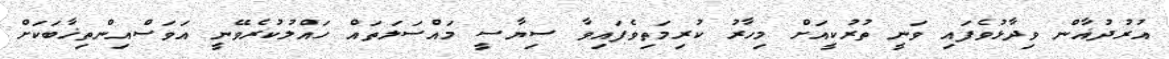
އުރުދުޣާން ވިދާޅުވެފައި ވަނީ ތުރުކީއަށް މިހާރު ކުރިމަތިވެފައިވާ ސިޔާސީ މައްސަލަތައް ހައްލުކުރެވޭނީ އަވަސްއިންތިޚާބަކަށް